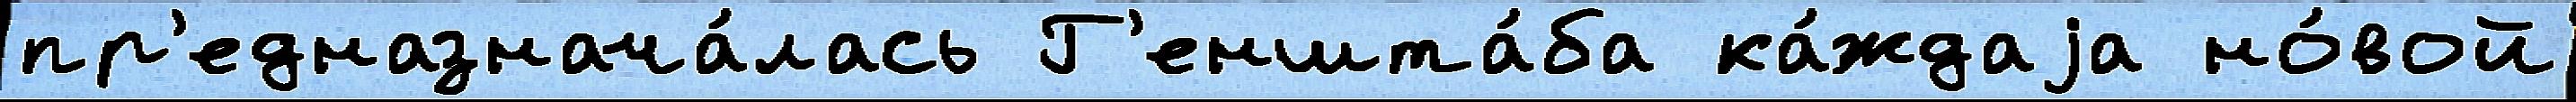
пр'едназнача́лась Г'еншта́ба ка́ждаjа но́вой